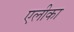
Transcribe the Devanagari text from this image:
एलीका